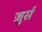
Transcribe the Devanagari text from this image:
ज़ुर्स